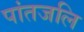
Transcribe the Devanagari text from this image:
पांतजलि